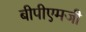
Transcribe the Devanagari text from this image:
बीपीएमजी